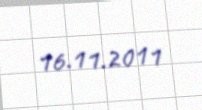
16.11.2011